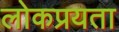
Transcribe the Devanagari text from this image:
लोकप्रयता